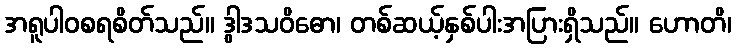
အရူပါဝစရစိတ်သည်။ ဒွါဒသဝိဓော၊ တစ်ဆယ့်နှစ်ပါးအပြားရှိသည်။ ဟောတိ၊